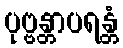
ပုဗ္ဗန္တာပရန္တံ